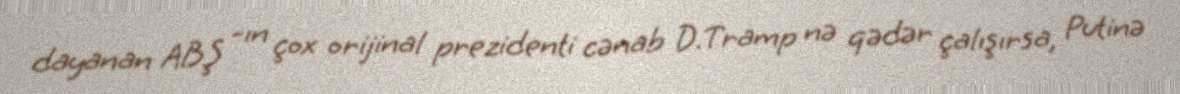
dayanan ABŞ -ın çox orijinal prezidenti cənab D.Tramp nə qədər çalışırsa, Putinə